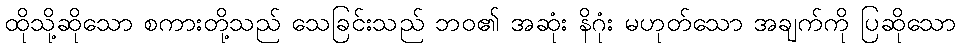
ထိုသို့ဆိုသော စကားတို့သည် သေခြင်းသည် ဘဝ၏ အဆုံး နိဂုံး မဟုတ်သော အချက်ကို ပြဆိုသော